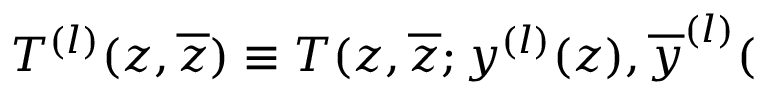
T ^ { ( l ) } ( z , \overline { { { z } } } ) \equiv T ( z , \overline { { { z } } } ; y ^ { ( l ) } ( z ) , \overline { { { y } } } ^ { ( l ) } (